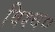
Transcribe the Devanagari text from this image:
विश्व०